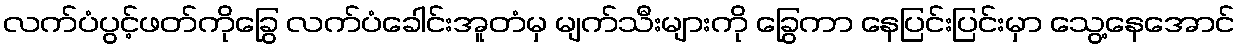
လက်ပံပွင့်ဖတ်ကိုခြွေ လက်ပံခေါင်းအူတံမှ မျက်သီးများကို ခြွေကာ နေပြင်းပြင်းမှာ သွေ့နေအောင်